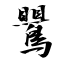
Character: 鸎